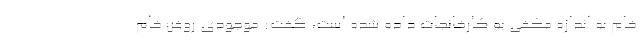
خام به اندازه مکفی به کارخانجات داده شده است، گفت: موجودی روغن خام